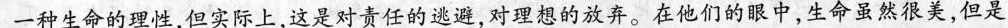
一种生命的理性，但实际上，这是对责任的逃避，对理想的放弃。在他们的眼中，生命虽然很美，但是